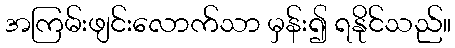
အကြမ်းဖျင်းလောက်သာ မှန်း၍ ရနိုင်သည်။